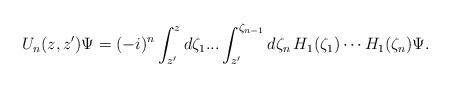
LaTeX: \begin{align*}U_n (z,z') \Psi = (-i)^n \int _{z'} ^z d\zeta _1 ... \int _{z'} ^{\zeta _{n-1}} d\zeta _n \, H_1(\zeta _1) \cdots H_1(\zeta _n) \Psi .\end{align*}